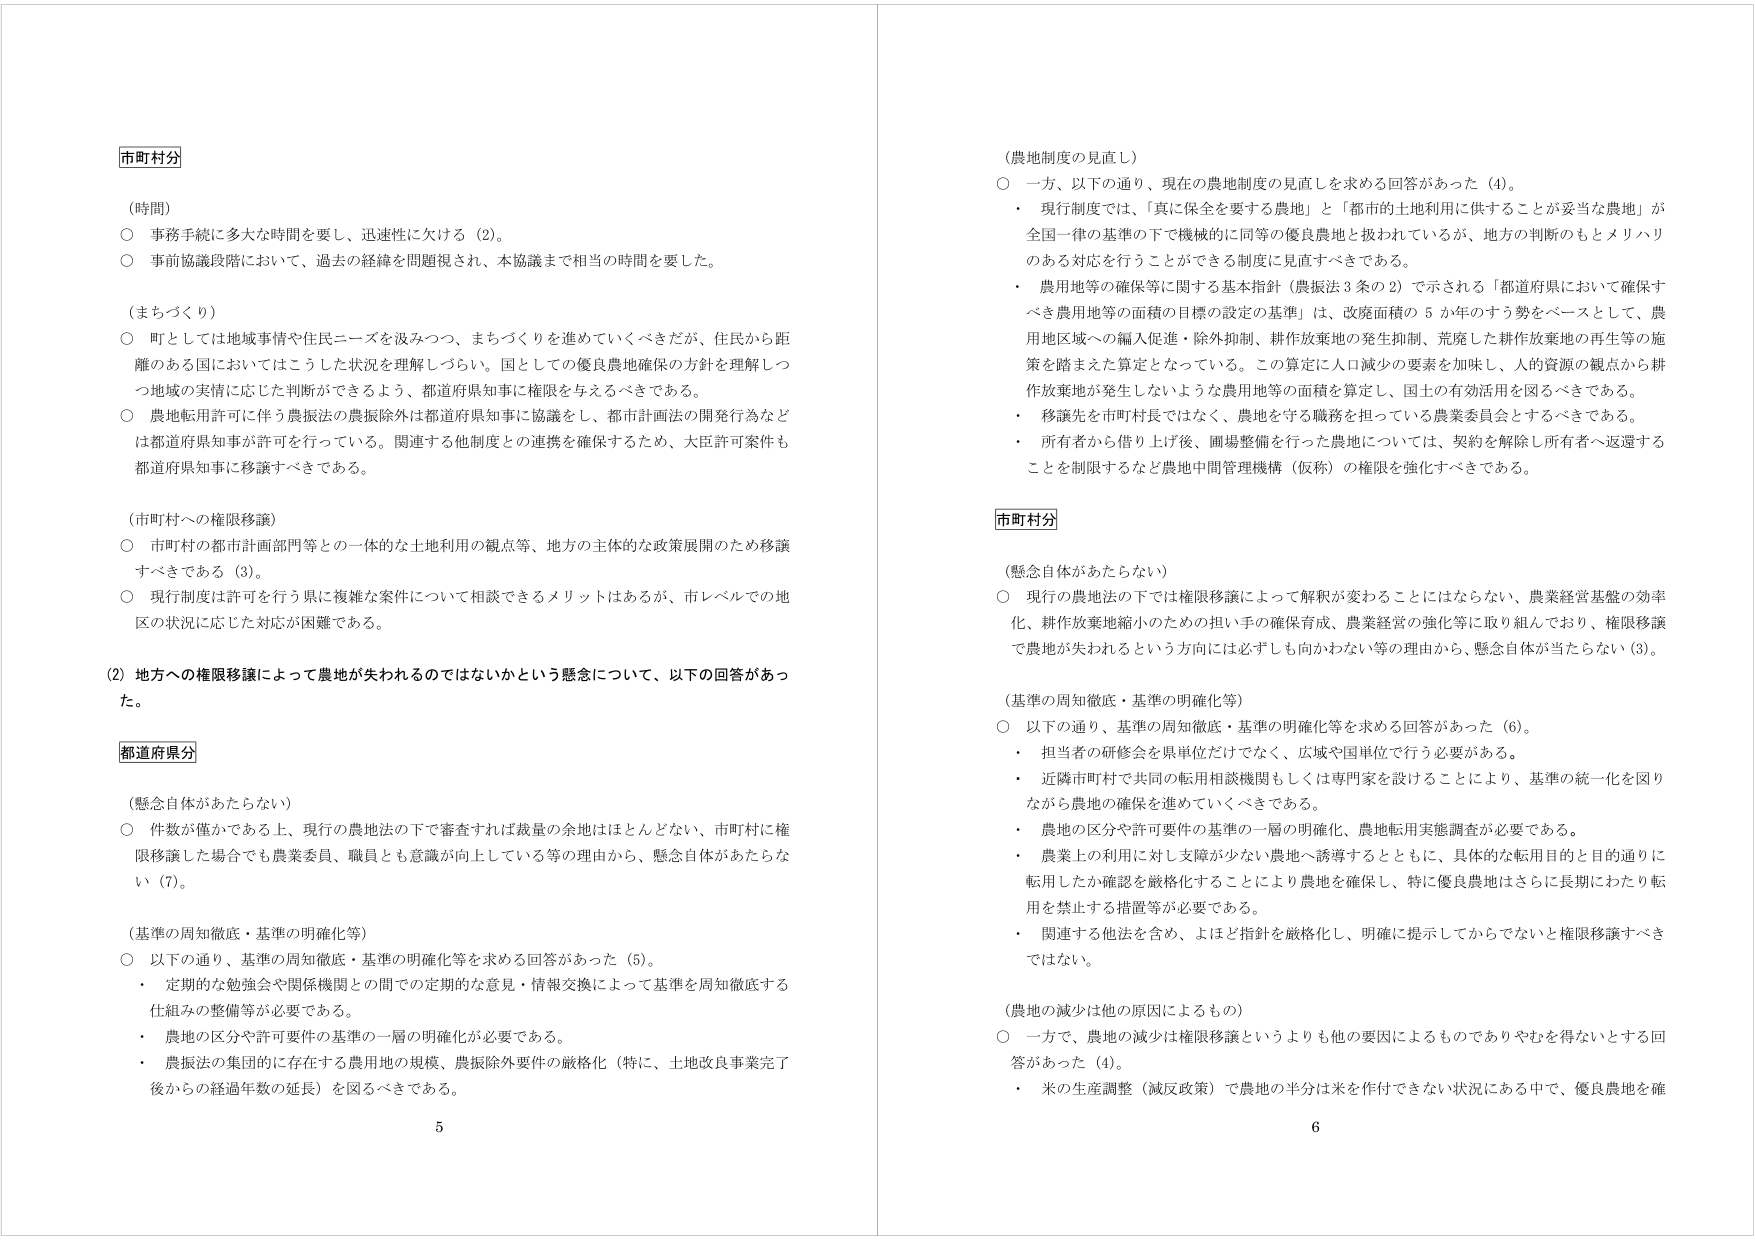
市町村分

（時間）
○ 事務手続に多大な時間を要し、迅速性に欠ける（2）。
○ 事前協議段階において、過去の経緯を問題視され、本協議まで相当の時間を要した。

（まちづくり）
○ 町としては地域事情や住民ニーズを汲みつつ、まちづくりを進めていくべきだが、住民から距離のある国においてはこうした状況を理解しづらい。国としての優良農地確保の方針を理解しつつ地域の実情に応じた判断ができるよう、都道府県知事に権限を与えるべきである。
○ 農地転用許可に伴う農振除外の農振除外は都道府県知事に協議をし、都市計画法の開発行為などは都道府県知事が許可を行っている。関連する他制度との連携を確保するため、大臣許可案件も都道府県知事に移譲すべきである。

（市町村への権限移譲）
○ 市町村の都市計画部門等との一体的な土地利用の観点等、地方の主体的な政策展開のため移譲すべきである（3）。
○ 現行制度は許可を行う県に複雑な案件について相談できるメリットはあるが、市レベルでの地区の状況に応じた対応が困難である。

（2）地方への権限移譲によって農地が失われるのではないかという懸念について、以下の回答があった。

都道府県分

（懸念自体があたらない）
○ 件数が僅かである上、現行の農地法の下で審査すれば裁量の余地はほとんどない、市町村に権限移譲した場合でも農業委員、職員とも意識が向上している等の理由から、懸念自体があたらない（7）。

（基準の周知徹底・基準の明確化等）
○ 以下の通り、基準の周知徹底・基準の明確化等を求める回答があった（5）。
・ 定期的な勉強会や関係機関との間での定期的な意見・情報交換によって基準を周知徹底する仕組みの整備等が必要である。
・ 農地の区分や許可要件の基準の一層の明確化が必要である。
・ 農振法の集団的に存在する農用地の規模、農振除外要件の厳格化（特に、土地改良事業完了後からの経過年数の延長）を図るべきである。

5

（農地制度の見直し）
○ 一方、以下の通り、現在の農地制度の見直しを求める回答があった（4）。
・ 現行制度では、「真に保全を要する農地」と「都市的土地利用に供することが妥当な農地」が全国一律の基準の下で機械的に同等の優良農地と扱われているが、地方の判断のもとメリハリのある対応を行うことができる制度に見直すべきである。
・ 農用地等の確保等に関する基本指針（農振法3条の2）で示される「都道府県において確保すべき農用地等の面積の目標の設定の基準」は、改廃面積の5か年のすり勢をベースとして、農用地区域への編入促進・除外抑制、耕作放棄地の発生抑制、荒廃した耕作放棄地の再生等の施策を踏まえた算定となっている。この算定に人口減少の要素を加味し、人的資源の観点から耕作放棄地が発生しないような農用地等の面積を算定し、国土の有効活用を図るべきである。
・ 移譲先を市町村長ではなく、農地を守る職務を担っている農業委員会とするべきである。
・ 所有者から借り上げ後、圃場整備を行った農地については、契約を解除し所有者へ返還することを制限するなど農地中間管理機構（仮称）の権限を強化すべきである。

市町村分

（懸念自体があたらない）
○ 現行の農地法の下では権限移譲によって解釈が変わることにはならない、農業経営基盤の効率化、耕作放棄地縮小のための担い手の確保育成、農業経営の強化等に取り組んでおり、権限移譲で農地が失われるという方向には必ずしも向かわない等の理由から、懸念自体が当たらない（3）。

（基準の周知徹底・基準の明確化等）
○ 以下の通り、基準の周知徹底・基準の明確化等を求める回答があった（6）。
・ 担当者の研修会を県単位だけでなく、広域や国単位で行う必要がある。
・ 近隣市町村で共同の転用相談機関もしくは専門家を設けることにより、基準の統一化を図りながら農地の確保を進めていくべきである。
・ 農地の区分や許可要件の基準の一層の明確化、農地転用実態調査が必要である。
・ 農業上の利用に対し支障が少ない農地へ誘導するとともに、具体的な転用目的と目的通りに転用したか確認を厳格化することにより農地を確保し、特に優良農地はさらに長期にわたり転用を禁止する措置等が必要である。
・ 関連する他法を含め、よほど指針を厳格化し、明確に提示してからでないと権限移譲すべきではない。

（農地の減少は他の原因によるもの）
○ 一方で、農地の減少は権限移譲というよりも他の要因によるものでありやむを得ないとする回答があった（4）。
・ 米の生産調整（減反政策）で農地の半分は米を作付できない状況にある中で、優良農地を確

6